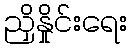
ညှိနှိုင်းရေး